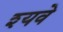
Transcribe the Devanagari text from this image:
श्यवे